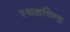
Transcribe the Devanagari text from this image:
स्थळचिन्ह